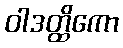
ဝါဒတ္ထိကော